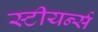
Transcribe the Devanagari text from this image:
स्टीयर्न्स